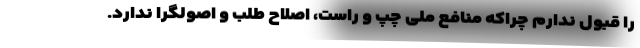
را قبول ندارم چراکه منافع ملی چپ و راست، اصلاح طلب و اصولگرا ندارد.